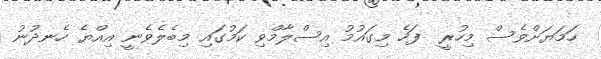
ހަމަޔަށްވެސް މިހުރީ  ފަހެ މިގައުމު އިސްލާމްވި ކަމުގައި މިބެލެވެނީ އިއްޔެ ހެނދުނު